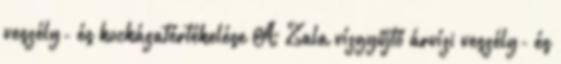
veszély- és kockázatértékelése A Zala vízgyűjtő árvízi veszély- és